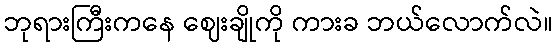
ဘုရားကြီးကနေ ဈေးချိုကို ကားခ ဘယ်လောက်လဲ။